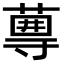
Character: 𡭆